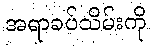
အရာခပ်သိမ်းကို